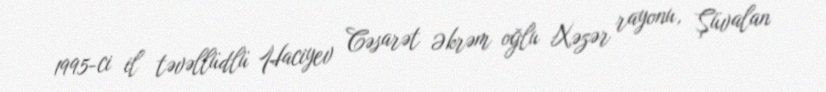
1995-ci il təvəllüdlü Haciyev Cəsarət Əkrəm oğlu Xəzər rayonu, Şüvalan